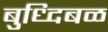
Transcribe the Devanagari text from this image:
बुध्दिबळ